Scottish Leaving Certificate Examination, 1959
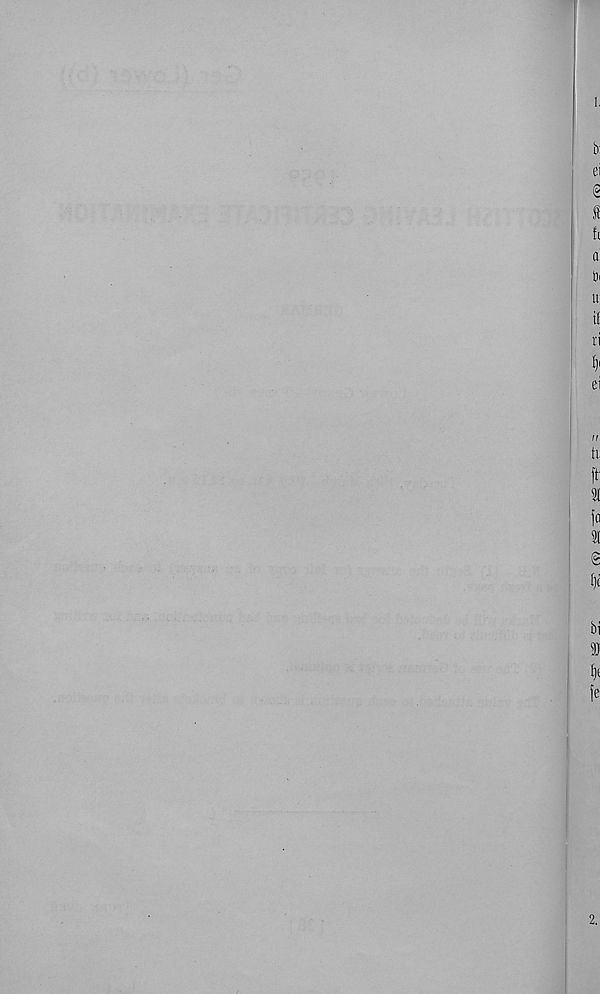
b;
ei
S
S
u
o
bi
u
it
ri
ei
it
ft'
91
<2
t)t
bi
S )J
le
2.